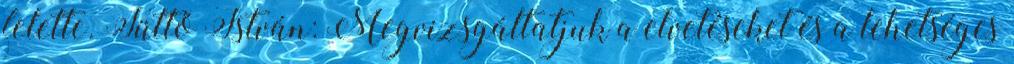
felette. Tüttő István: Megvizsgáltatjuk a elvetéseket és a lehetséges